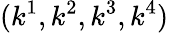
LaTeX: (k^{1},k^{2},k^{3},k^{4})